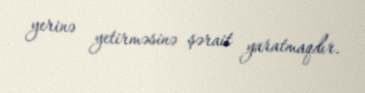
yerinə yetirməsinə şərait yaratmaqdır.